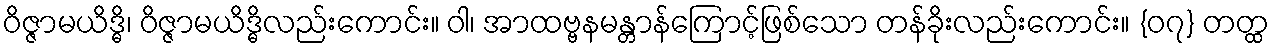
ဝိဇ္ဇာမယိဒ္ဓိ၊ ဝိဇ္ဇာမယိဒ္ဓိလည်းကောင်း။ ဝါ၊ အာထဗ္ဗနမန္တာန်ကြောင့်ဖြစ်သော တန်ခိုးလည်းကောင်း။ {၀၇} တတ္ထ